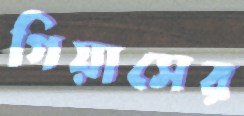
গিয়াসের